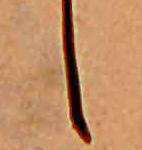
し